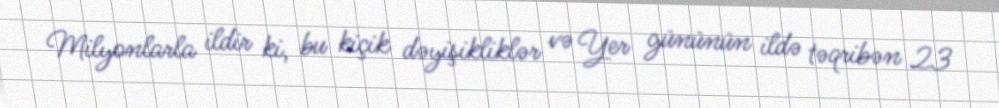
Milyonlarla ildir ki, bu kiçik dəyişikliklər və Yer gününün ildə təqribən 23